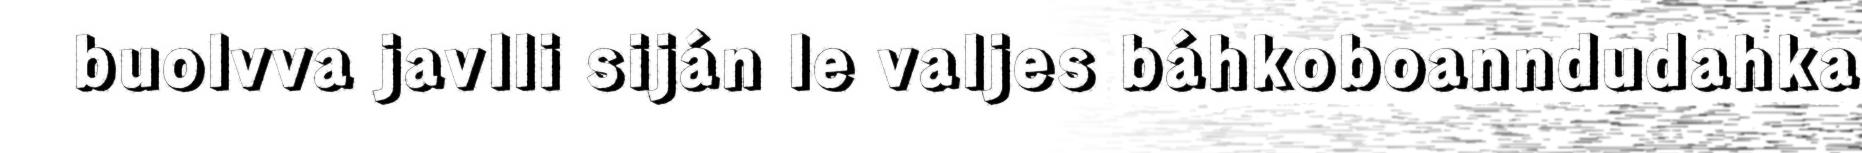
buolvva javlli siján le valjes báhkoboanndudahka